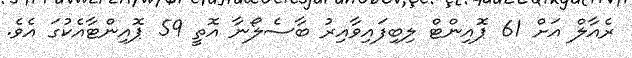
ރެއާލް އަށް 61 ޕޮއިންޓް ލިބިފައިވާއިރު ބާސެލޯނާ އޮތީ 59 ޕޮއިންޓާއެކުގަ އެވެ.